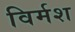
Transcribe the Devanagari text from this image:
विर्मश